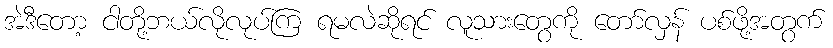
အဲဒီတော့ ငါတို့ဘယ်လိုလုပ်ကြ ရမလဲဆိုရင် လူသားတွေကို တော်လှန် ပစ်ဖို့အတွက်